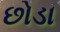
છોડા